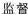
监督